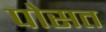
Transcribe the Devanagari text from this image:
पोसत